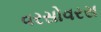
વરસોવરસ